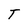
Character: T